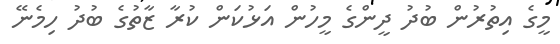
މީގެ އިތުރުން ބުދު ދީންގެ މީހުން އަޅުކަން ކުރާ ޒާތުގެ ބުދު ހިމެނޭ